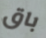
باق